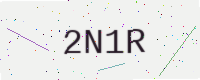
Text: 2N1R